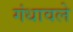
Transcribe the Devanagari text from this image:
गंधावले